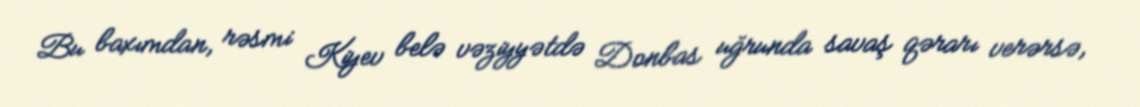
Bu baxımdan, rəsmi Kiyev belə vəziyyətdə Donbas uğrunda savaş qərarı verərsə,